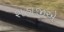
શહાજીએ